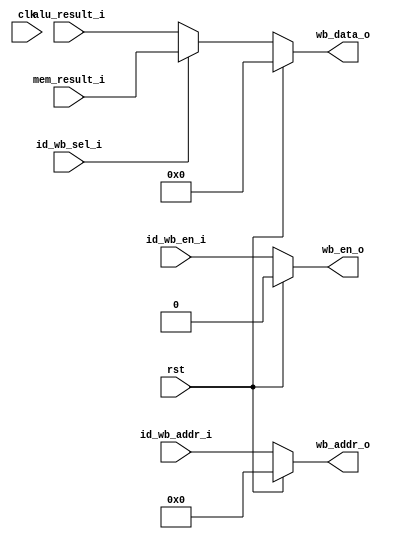

module si_write_back #(
    parameter REG_DW = 32,
    parameter REG_AW = 5
)(
    input                   clk,
    input                   rst,

    input                   id_wb_en_i,
    input   [REG_AW-1:0]    id_wb_addr_i,
    input                   id_wb_sel_i,
    input   [REG_DW-1:0]    alu_result_i,
    input   [REG_DW-1:0]    mem_result_i,

    output                  wb_en_o,
    output  [REG_AW-1:0]    wb_addr_o,
    output  [REG_DW-1:0]    wb_data_o
);

assign wb_en_o      =   (rst == 1'b1)   ? 0 : id_wb_en_i ;
assign wb_addr_o    =   (rst == 1'b1)   ? 0 : id_wb_addr_i ;
assign wb_data_o    =   (rst == 1'b1)   ? 0 : 
                        (id_wb_sel_i)   ? mem_result_i  :   alu_result_i ;

endmodule